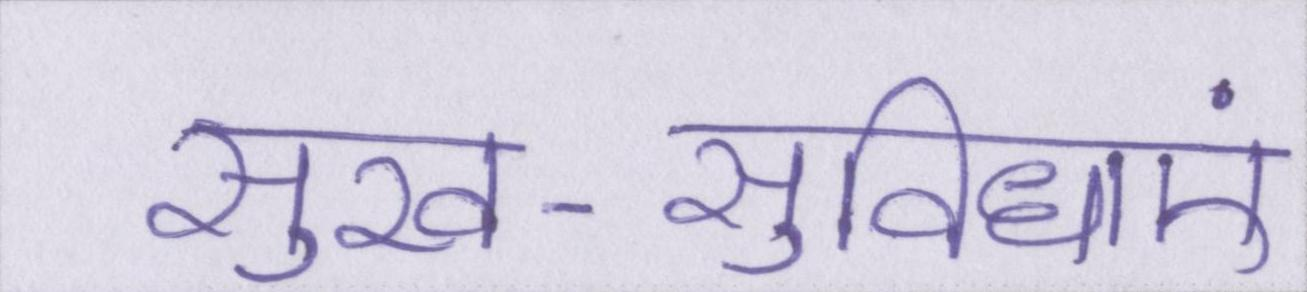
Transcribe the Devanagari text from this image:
सुख-सुविधाएं